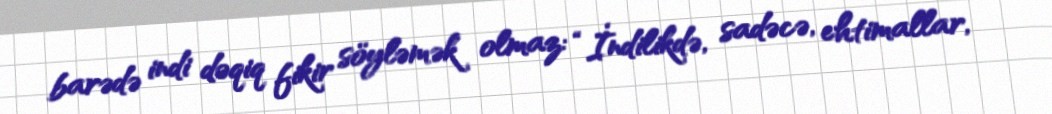
barədə indi dəqiq fikir söyləmək olmaz: “İndilikdə, sadəcə, ehtimallar,